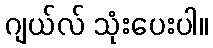
ဂျယ်လ် သုံးပေးပါ။